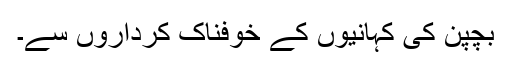
بچپن کی کہانیوں کے خوفناک کرداروں سے۔